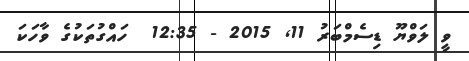
ވީ ލަވްޔޫ ޑިސެމްބަރު 11